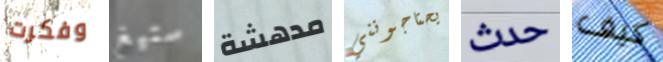
وفكرت ستيغ مدهشة يحتاجونني حدث كيف